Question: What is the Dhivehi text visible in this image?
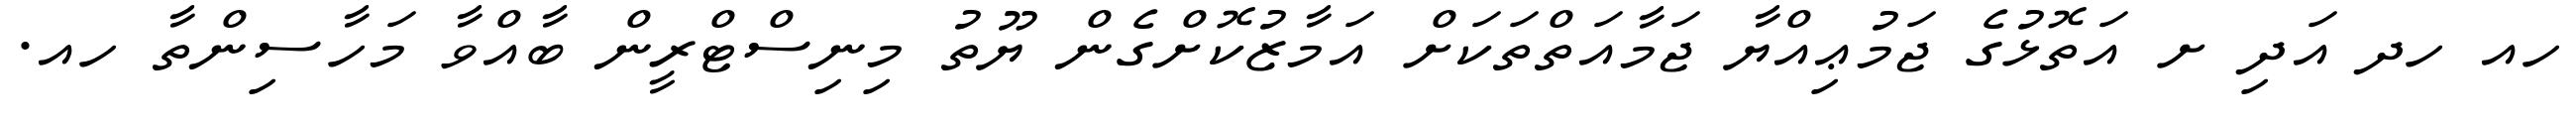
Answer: ހއ ހދ އަދި ށ އަތޮޅުގެ ޖަމުޢިއްޔާ ޖަމާއަތްތަކަށް އަމާޒުކޮށްގެން ޔޫތު މިނިސްޓްރީން ބާއްވާ މަހާސިންތާ ހއ.